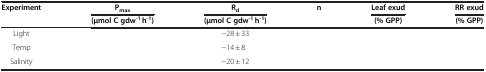
<table><thead><tr><td rowspan="2"><b>Experiment</b></td><td><b>P<sub>max</sub></b></td><td><b>R<sub>d</sub></b></td><td rowspan="2"><b>n</b></td><td><b>Leaf exud</b></td><td><b>RR exud</b></td></tr><tr><td><b>(μmol C gdw<sup>-1</sup> h<sup>-1</sup>)</b></td><td><b>(μmol C gdw<sup>-1</sup> h<sup>-1</sup>)</b></td><td><b>(% GPP)</b></td><td><b>(% GPP)</b></td></tr></thead><tbody><tr><td>Light</td><td>[EMPTY_CELL]</td><td>−28 ± 33</td><td>[EMPTY_CELL]</td><td>[EMPTY_CELL]</td><td>[EMPTY_CELL]</td></tr><tr><td>Temp</td><td>[EMPTY_CELL]</td><td>−14 ± 8</td><td>[EMPTY_CELL]</td><td>[EMPTY_CELL]</td><td>[EMPTY_CELL]</td></tr><tr><td>Salinity</td><td>[EMPTY_CELL]</td><td>−20 ± 12</td><td>[EMPTY_CELL]</td><td>[EMPTY_CELL]</td><td>[EMPTY_CELL]</td></tr></tbody></table>